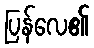
ပြန်လေ၏